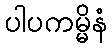
ပါပကမ္မိနံ